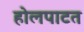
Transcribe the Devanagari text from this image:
होलपाटत